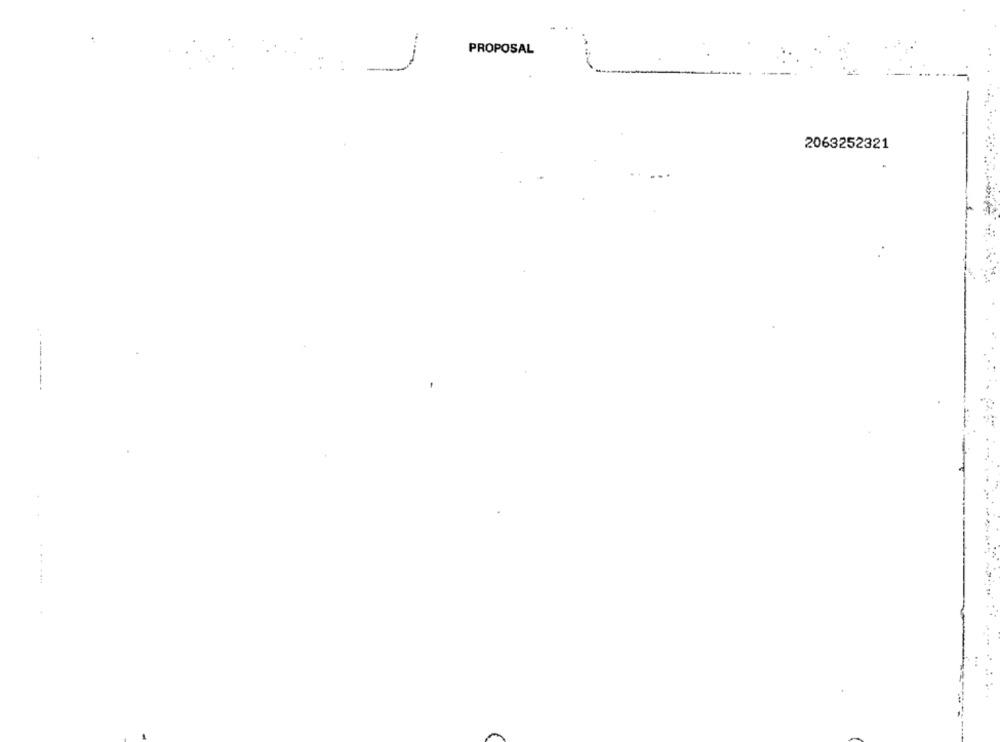
PROPOSAL
1
2063252321